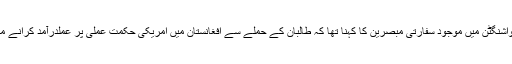
اس واقعے کے حوالے سے واشنگٹن میں موجود سفارتی مبصرین کا کہنا تھا کہ طالبان کے حملے سے افغانستان میں امریکی حکمت عملی پر عملدرآمد کرانے میں نئی مشکلات پیدا ہوں گی۔